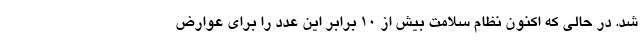
‌شد. در حالی که اکنون نظام سلامت بیش از 10 برابر این عدد را برای عوارض